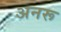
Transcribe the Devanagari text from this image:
अनरू